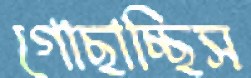
গোছাচ্ছিস